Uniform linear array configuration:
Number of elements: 8
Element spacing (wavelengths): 1
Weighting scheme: uniform
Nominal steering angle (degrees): -30
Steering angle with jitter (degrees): -31.575
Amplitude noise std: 0.05
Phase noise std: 0.05

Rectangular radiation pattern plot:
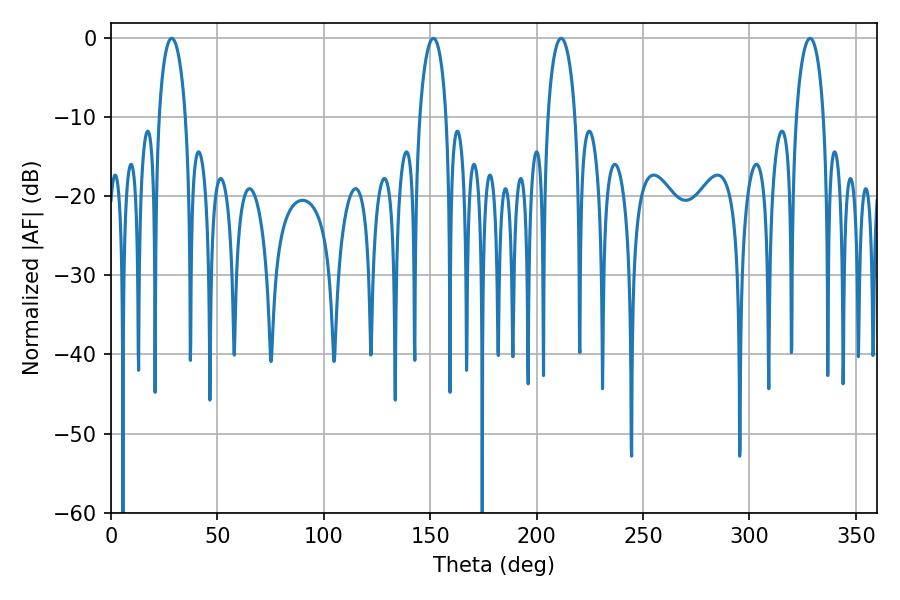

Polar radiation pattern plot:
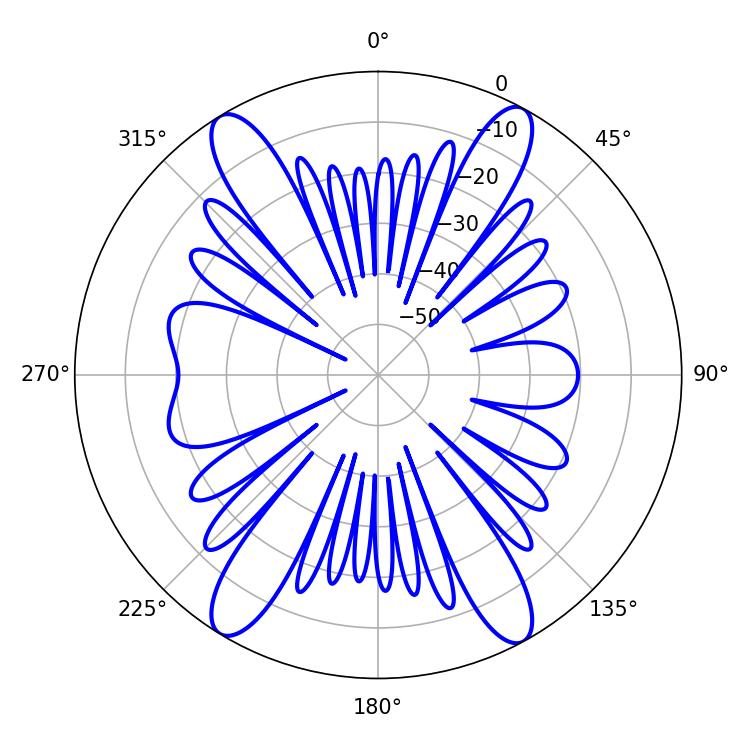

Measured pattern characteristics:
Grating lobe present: TRUE
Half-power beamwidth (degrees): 7.38
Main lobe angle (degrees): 211.5